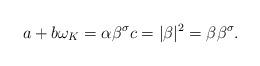
LaTeX: \begin{align*}a + b\omega_K = \alpha\beta^{\sigma}c = |\beta|^2 = \beta\beta^{\sigma}.\end{align*}